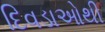
દિવડાઓથી